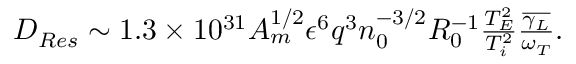
\begin{array} { r } { D _ { R e s } \sim 1 . 3 \times 1 0 ^ { 3 1 } A _ { m } ^ { 1 / 2 } \epsilon ^ { 6 } q ^ { 3 } n _ { 0 } ^ { - 3 / 2 } R _ { 0 } ^ { - 1 } \frac { T _ { E } ^ { 2 } } { T _ { i } ^ { 2 } } \frac { \overline { { \gamma _ { L } } } } { \omega _ { T } } . } \end{array}